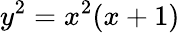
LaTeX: y^{2}=x^{2}(x+1)